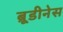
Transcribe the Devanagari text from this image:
ब्रूडीनेस